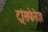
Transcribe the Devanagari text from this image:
ट्रांसफेरेज़